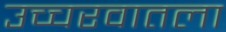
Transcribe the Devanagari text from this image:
उच्चरवातला